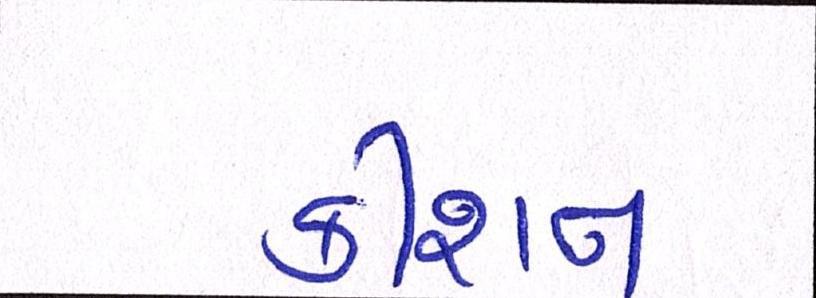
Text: કીશન